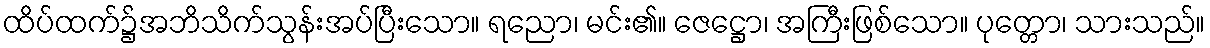
ထိပ်ထက်၌အဘိသိက်သွန်းအပ်ပြီးသော။ ရညော၊ မင်း၏။ ဇေဋ္ဌော၊ အကြီးဖြစ်သော။ ပုတ္တော၊ သားသည်။